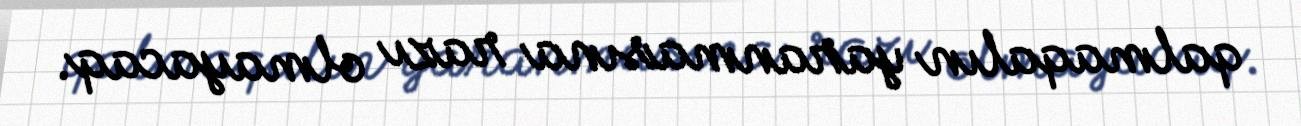
qalmaqalın yaranmasına razı olmayacaq.